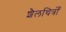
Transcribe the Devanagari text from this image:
शैलचित्रोँ